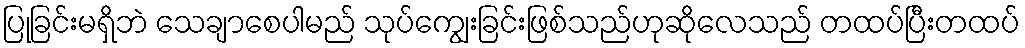
ပြုခြင်းမရှိဘဲ သေချာစေပါမည် သုပ်ကျွေးခြင်းဖြစ်သည်ဟုဆိုလေသည် တထပ်ပြီးတထပ်